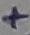
Text: +